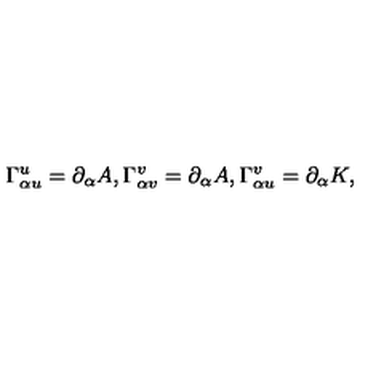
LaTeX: \Gamma _ { \alpha u } ^ { u } = \partial _ { \alpha } A , \Gamma _ { \alpha v } ^ { v } = \partial _ { \alpha } A , \Gamma _ { \alpha u } ^ { v } = \partial _ { \alpha } K ,